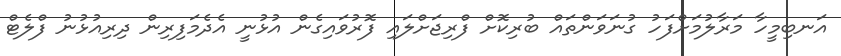
އަނބިމީހާ މަރާލުމަށްފަހު ގުނަވަންތައް ބުރިކޮށް ފްރިޖަށްލައި ފޮރުވައިގެން އުޅުނީ އެދެމަފިރިން ދިރިއުޅުނު ފްލެޓް